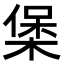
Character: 𭫄